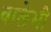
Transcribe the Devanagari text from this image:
वालेभी